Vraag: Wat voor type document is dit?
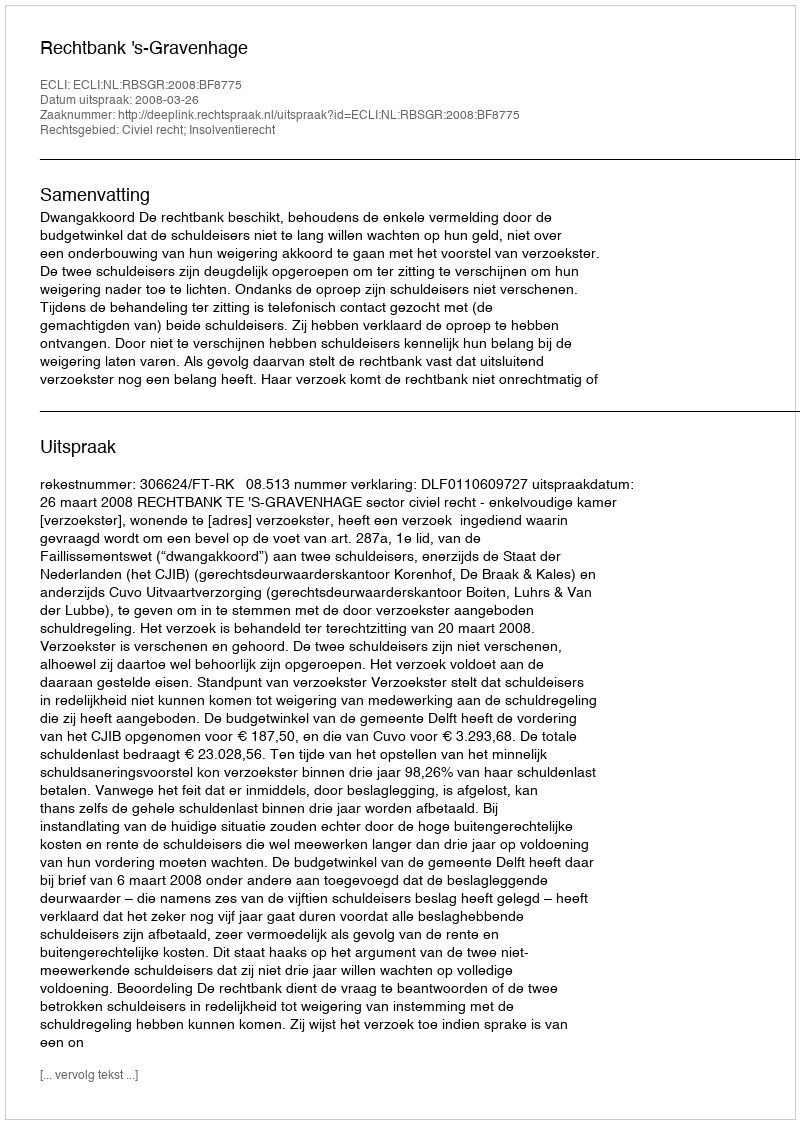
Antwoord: Uitspraak